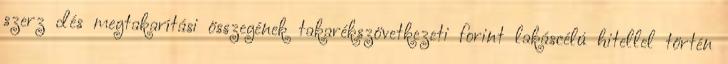
szerz dés megtakarítási összegének takarékszövetkezeti forint lakáscélú hitellel történ